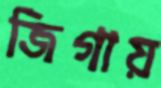
জিগায়